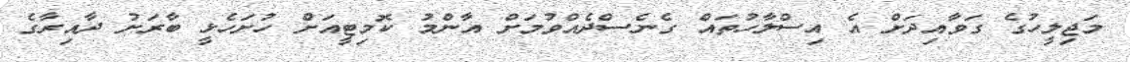
މަޖިލީހުގެ ގަވާއިދަށް އެ އިސްލާހުތައް ގެނެސްދެއްވުމަށް އާންމު ކޮމިޓީއަށް ހުށަހެޅީ ބާރަށު ދާއިރާގެ